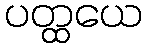
ပတ္ထယေ